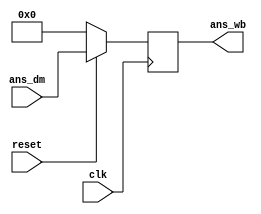
`timescale 1ns / 1ps
//////////////////////////////////////////////////////////////////////////////////
// Company: 
// Engineer: 
// 
// Design Name: 
// Module Name:    write_back_Module 
// Project Name: 
// Target Devices: 
// Tool versions: 
// Description: 
//
// Dependencies: 
//
// Revision: 
// Revision 0.01 - File Created
// Additional Comments: 
//
//////////////////////////////////////////////////////////////////////////////////
module write_back_Module(ans_wb,ans_dm,reset,clk);


input [15:0] ans_dm;
input reset, clk;

//reg [15:0] ans_wb_temp;
output reg[15:0] ans_wb;

//assign ans_wb=(reset)?ans_wb_temp:16'b0;

always @(posedge clk)
begin	
	ans_wb=(reset)?ans_dm:16'b0;
end

   


endmodule